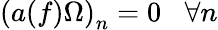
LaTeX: \left(a(f)\Omega\right)_{n}=0\; \; \; \forall n